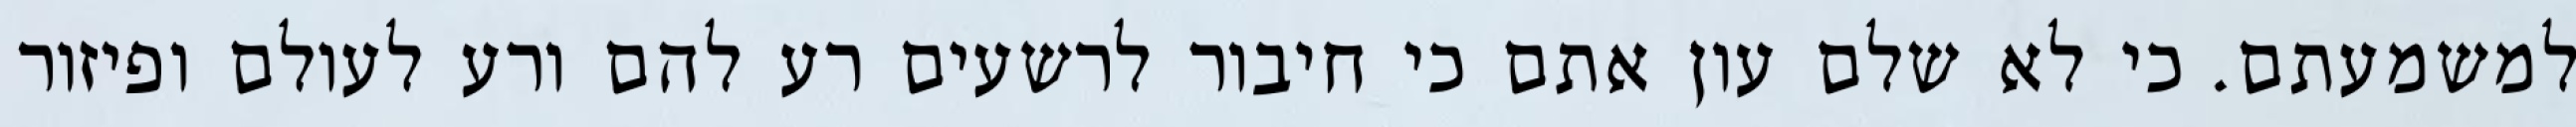
למשמעתם. כי לא שלם עון אתם כי חיבור לרשעים רע להם ורע לעולם ופיזור